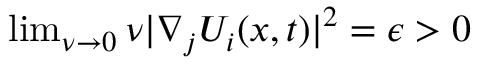
\begin{array} { r } { \operatorname* { l i m } _ { \nu \rightarrow 0 } \nu | \nabla _ { j } U _ { i } ( x , t ) | ^ { 2 } = \epsilon > 0 } \end{array}